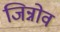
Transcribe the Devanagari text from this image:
जिन्नोव